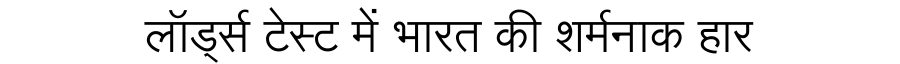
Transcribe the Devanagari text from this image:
लॉर्ड्स टेस्ट में भारत की शर्मनाक हार